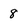
Character: 8